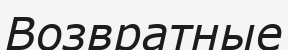
Возвратные